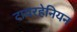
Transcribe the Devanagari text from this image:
टायरहेनियन